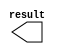
module con_seg (
	result);

	output	[7:0]  result;

endmodule